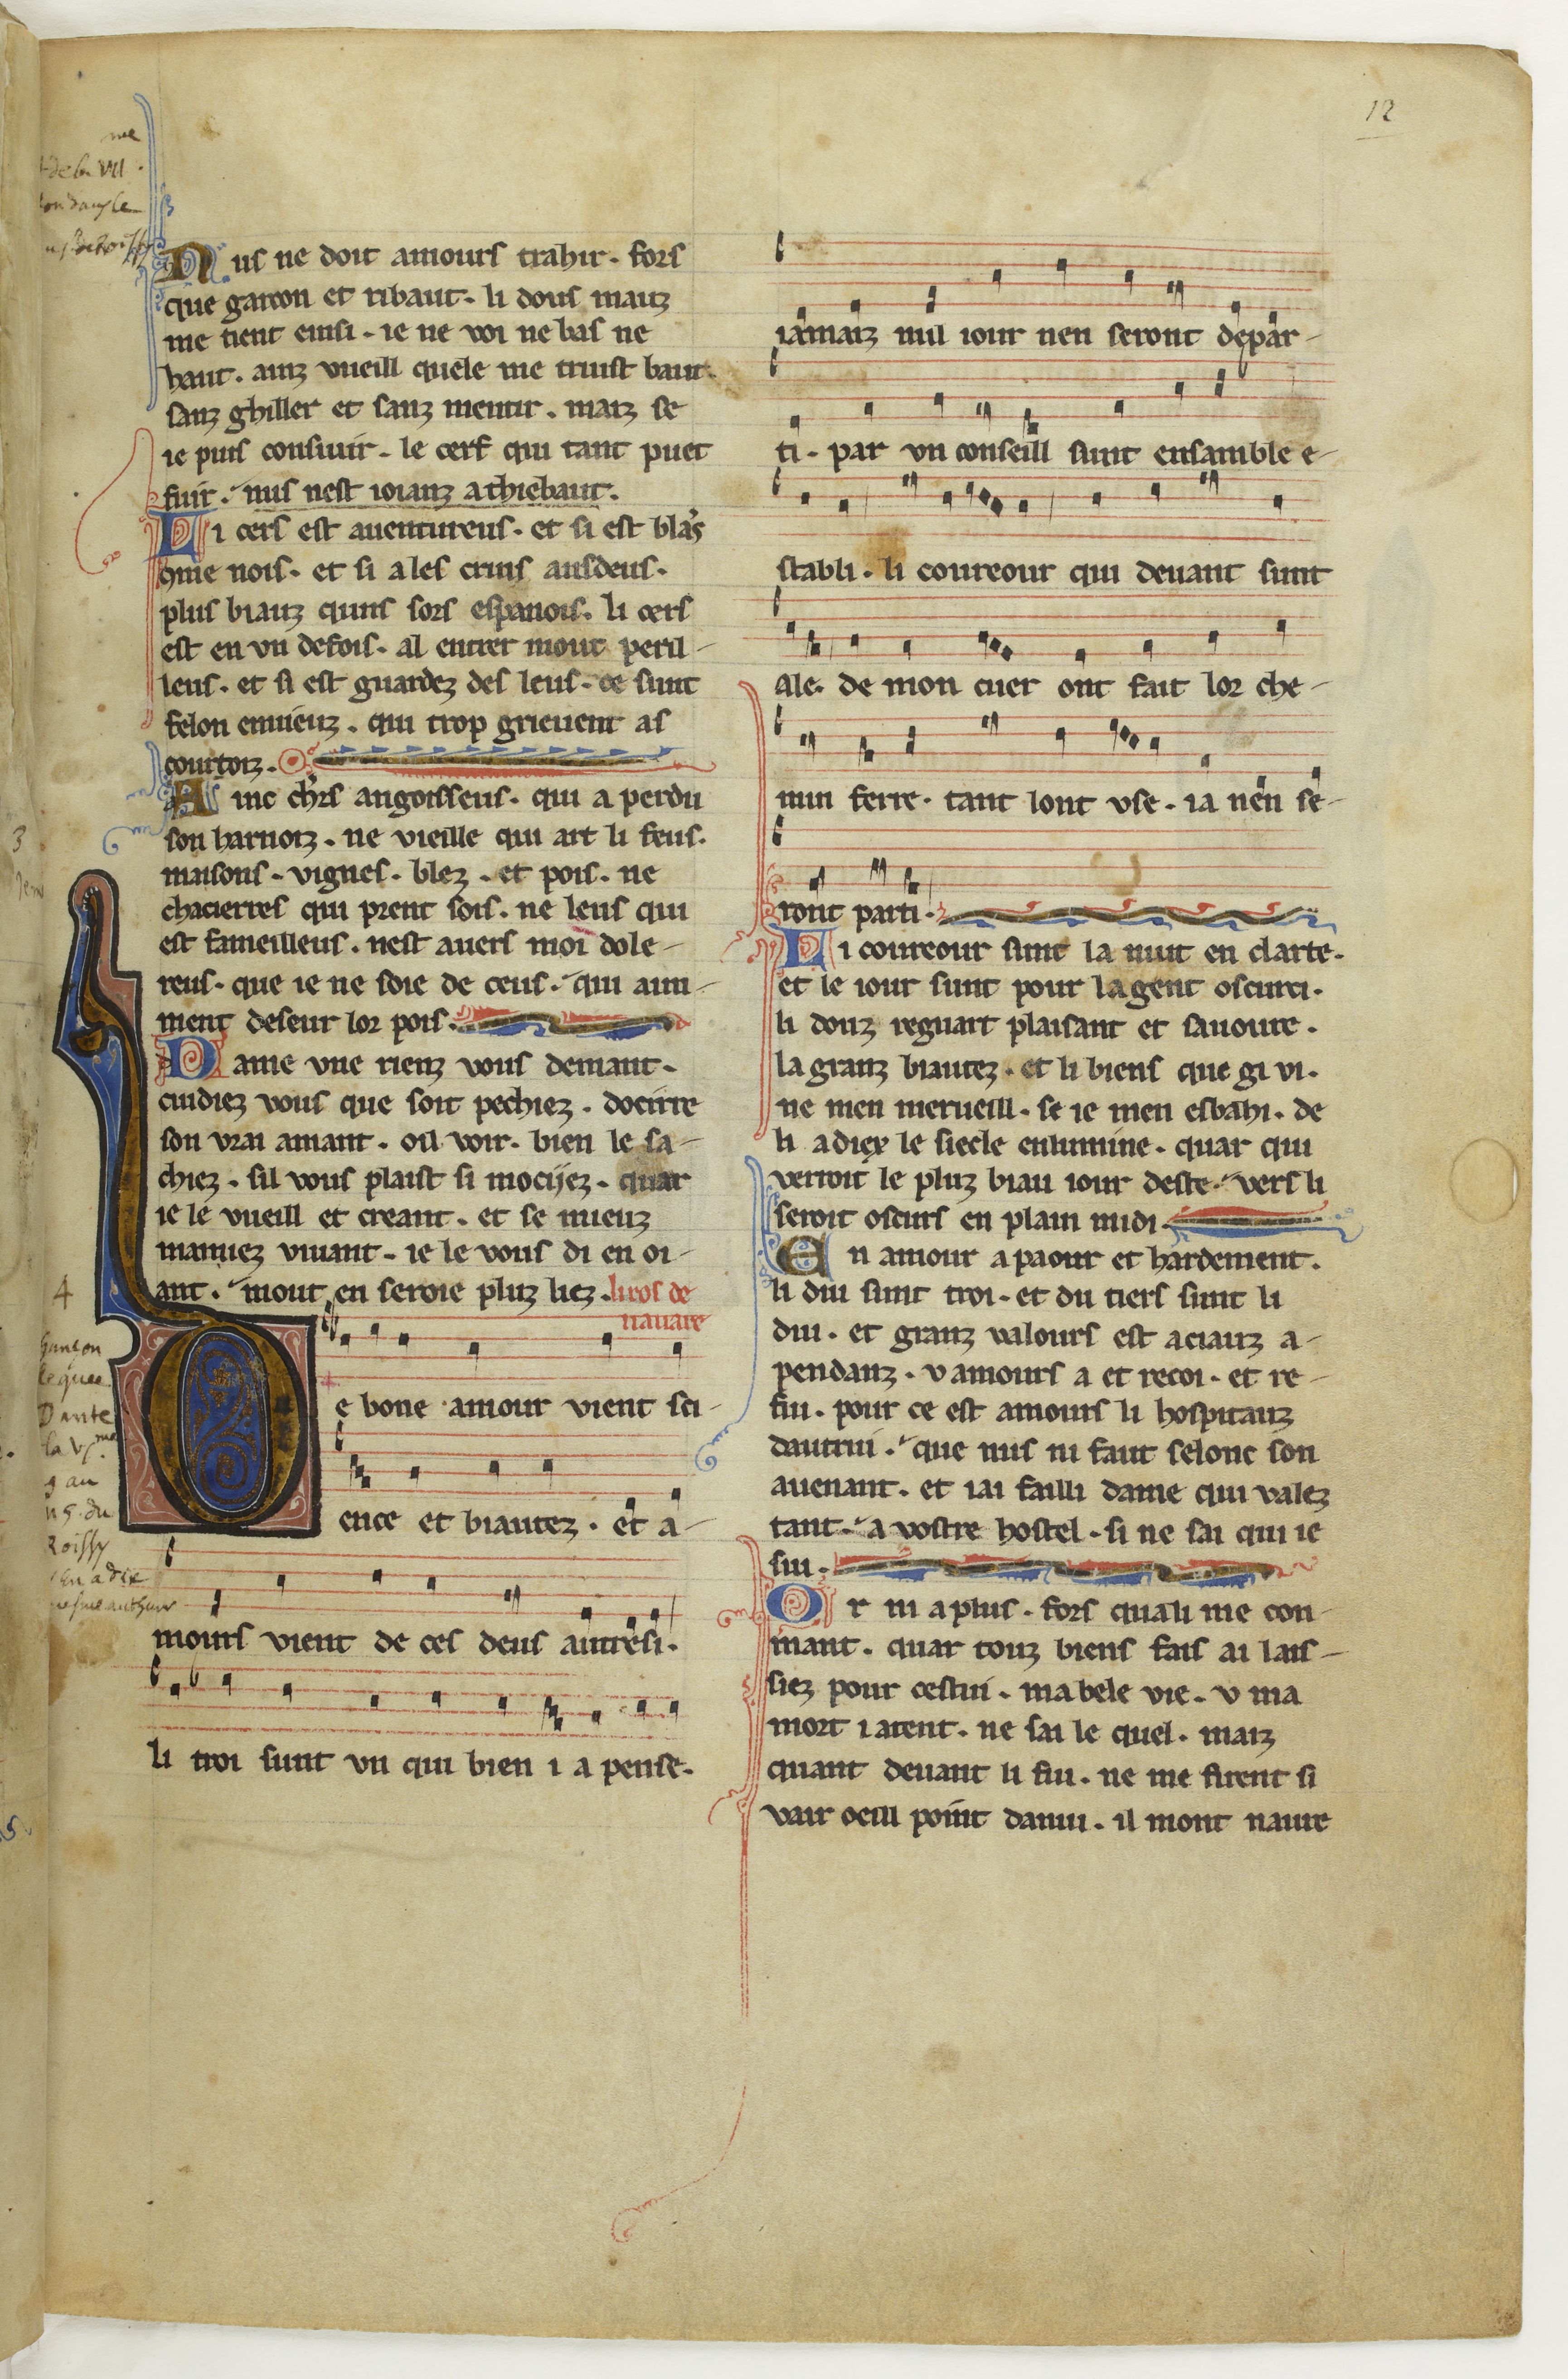
Shelfmark: Paris, BnF, fr. 844
Century: 13